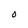
Character: O